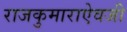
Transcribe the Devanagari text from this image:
राजकुमाराऐवजी